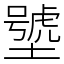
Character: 㙱